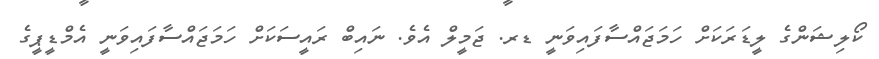
ކޯލިޝަންގެ ލީޑަރަކަށް ހަމަޖައްސާފައިވަނީ ޑރ. ޖަމީލް އެވެ. ނައިބް ރައީސަކަށް ހަމަޖައްސާފައިވަނީ އެމްޑީޕީގެ